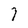
Character: 7